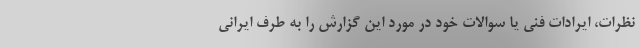
نظرات، ایرادات فنی یا سوالات خود در مورد این گزارش را به طرف ایرانی